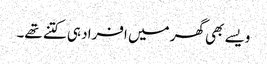
ویسے بھی گھر میں افراد ہی کتنے تھے۔